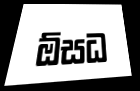
ඕසධ